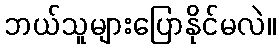
ဘယ်သူများပြောနိုင်မလဲ။